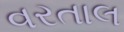
વરતાલ